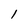
Character: I